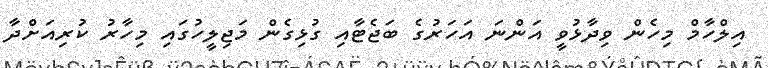
އިލްހާމް މިހެން ވިދާޅުވީ އަންނަ އަހަރުގެ ބަޖެޓާއި ގުޅިގެން މަޖިލީހުގައި މިހާރު ކުރިއަށްދާ